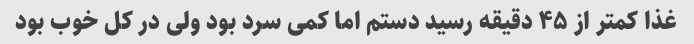
غذا کمتر از ۴۵ دقیقه رسید دستم اما کمی سرد بود ولی در کل خوب بود